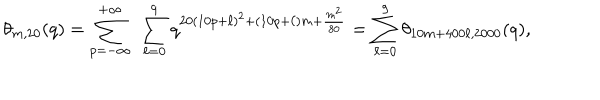
LaTeX: \theta _ { m , 2 0 } ( q ) = \sum _ { p = - \infty } ^ { + \infty } ~ \sum _ { \ell = 0 } ^ { 9 } q ^ { 2 0 ( 1 0 p + \ell ) ^ { 2 } + ( 1 0 p + \ell ) m + \frac { m ^ { 2 } } { 8 0 } } = \sum _ { \ell = 0 } ^ { 9 } \theta _ { 1 0 m + 4 0 0 \ell , 2 0 0 0 } ( q ) ,